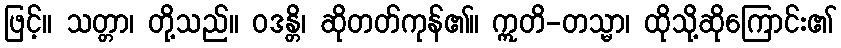
ဖြင့်။ သတ္တာ၊ တို့သည်။ ဝဒန္တိ၊ ဆိုတတ်ကုန်၏။ ဣတိ-တသ္မာ၊ ထိုသို့ဆိုကြောင်း၏